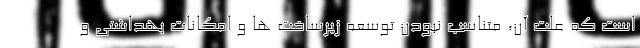
است که علت آن، متناسب نبودن توسعه زیرساخت ها و امکانات بهداشتی و